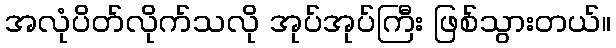
အလုံပိတ်လိုက်သလို အုပ်အုပ်ကြီး ဖြစ်သွားတယ်။